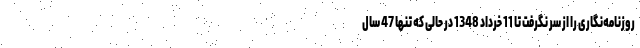
روزنامه‌نگاری را از سر نگرفت تا 11 خرداد 1348 در حالی که تنها 47 سال